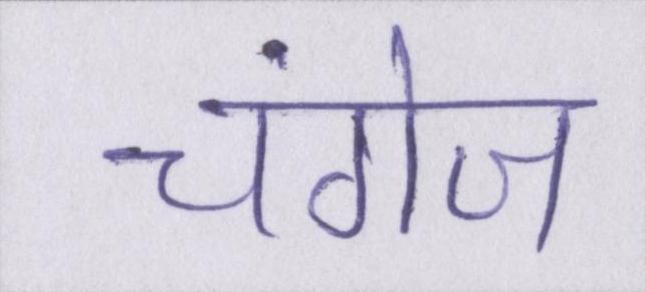
चंगेज